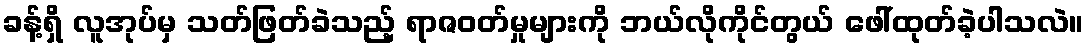
ခန့်ရှိ လူအုပ်မှ သတ်ဖြတ်ခဲသည့် ရာဇဝတ်မှုများကို ဘယ်လိုကိုင်တွယ် ဖေါ်ထုတ်ခဲ့ပါသလဲ။